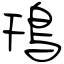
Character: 鳱